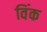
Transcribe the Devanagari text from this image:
विंक